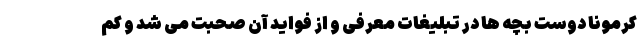
کرمونا دوست بچه ها در تبلیغات معرفی و از فواید آن صحبت می شد و کم